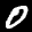
Label: 0